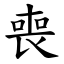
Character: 喪